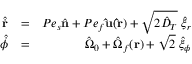
\begin{array} { r l r } { \hat { \dot { \mathbf r } } } & { = } & { P e _ { s } \hat { \mathbf n } + P e _ { f } \mathbf { \hat { u } ( \hat { r } ) } + \sqrt { 2 \hat { D } _ { T } } \; \hat { \xi } _ { r } } \\ { \hat { \dot { \phi } } } & { = } & { \hat { \Omega } _ { 0 } + \hat { \Omega } _ { f } ( \mathbf r ) + \sqrt { 2 } \; \hat { \xi } _ { \phi } } \end{array}